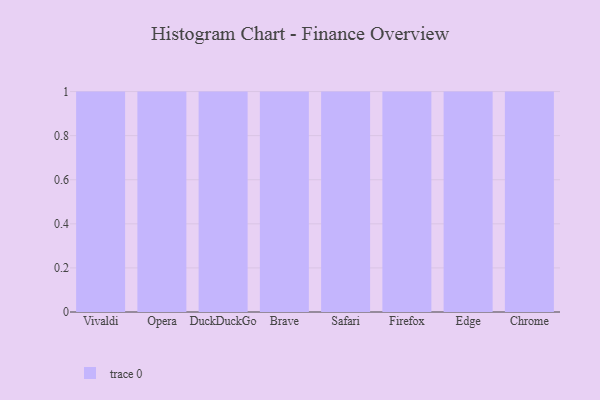
{"axis": {"x": "Browser", "y": "Shipments"}, "legend": [""], "data": [{"x": "Vivaldi", "y": 2, "type": ""}, {"x": "Opera", "y": 12, "type": ""}, {"x": "DuckDuckGo", "y": 80, "type": ""}, {"x": "Brave", "y": 16, "type": ""}, {"x": "Safari", "y": 31, "type": ""}, {"x": "Firefox", "y": 57, "type": ""}, {"x": "Edge", "y": 33, "type": ""}, {"x": "Chrome", "y": 34, "type": ""}]}